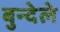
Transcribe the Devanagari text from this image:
बुन्देले